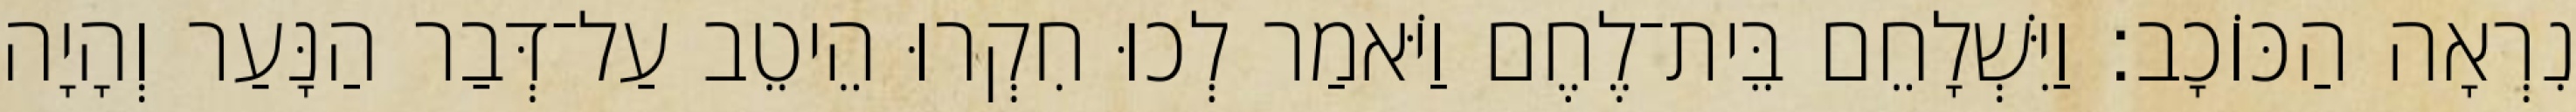
נִרְאָה הַכּוֹכָב׃ וַיִּשְׁלָחֵם בֵּית־לֶחֶם וַיֹּאמַר לְכוּ חִקְרוּ הֵיטֵב עַל־דְּבַר הַנָּעַר וְהָיָה